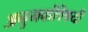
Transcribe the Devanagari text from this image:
अनुभवांविषयी